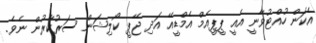
އެކަން ހުއްޓުވާނީ އެއީ ޕީޕީއެމް އެމްޑީއޭ އަދި ޖޭޕީ ކޯލިޝަން ސަރުކާރުން ނެވެ.